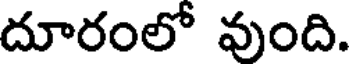
దూరంలో వుంది.